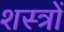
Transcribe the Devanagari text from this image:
शस्‍त्रों